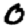
Digit: 0